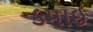
કમાઈ